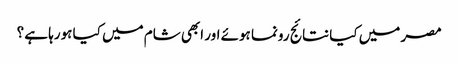
مصر میں کیا نتائج رونما ہوئے اور ابھی شام میں کیا ہورہا ہے ؟